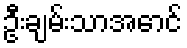
ဦးချမ်းသာအောင်